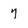
Character: 7